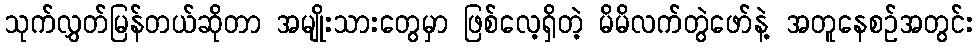
သုက်လွှတ်မြန်တယ်ဆိုတာ အမျိုးသားတွေမှာ ဖြစ်လေ့ရှိတဲ့ မိမိလက်တွဲဖော်နဲ့ အတူနေစဥ်အတွင်း